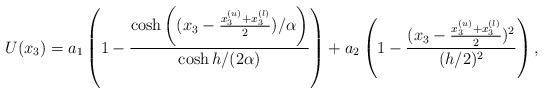
LaTeX: \begin{align*}U(x_3)=a_1\left(1-\frac{\cosh\left((x_3-\frac{x_3^{(u)}+x_3^{(l)}}{2})/{\alpha}\right)}{\cosh h/(2\alpha)}\right)+a_2\left(1-\frac{(x_3-\frac{x_3^{(u)}+x_3^{(l)}}{2})^2}{(h/2)^2}\right), \end{align*}